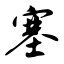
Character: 塞